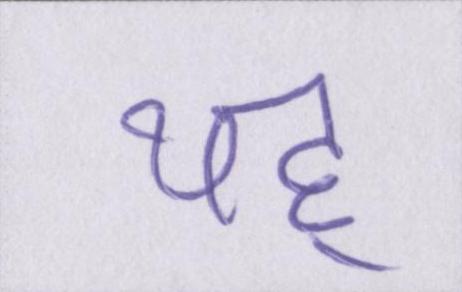
यह्